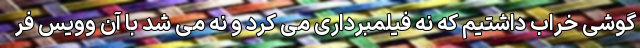
گوشی خراب داشتیم که نه فیلمبرداری می کرد و نه می شد با آن وویس فر